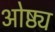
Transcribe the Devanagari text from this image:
ओष्ठ्य